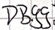
Text: DB99